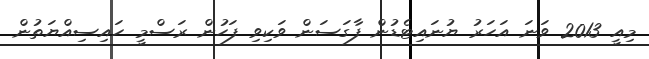
މިއީ 2013 ވަނަ އަހަރު ޔުނައިޓެޑުން ފާގަސަން ވަކިވި ފަހުން ރަސްމީ ހައިސިއްޔަތުން